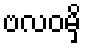
ဗလဝမှိ